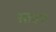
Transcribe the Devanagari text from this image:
स्तवने